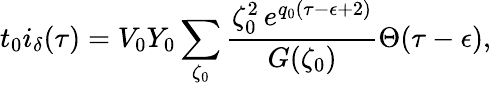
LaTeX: t_{0}i_{\delta}(\tau)=V_{0}Y_{0}\sum_{\zeta_{0}}\frac{\zeta_{0}^{2}\, e^{q_{0}(\tau-\epsilon+2)}}{G(\zeta_{0})}\Theta(\tau-\epsilon),